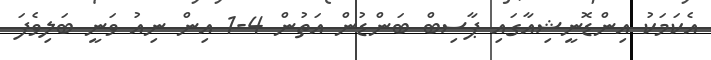
އެކަމަކު އިންޑޮނީޝިއާގައި ޕާސިބް ބަންޑުން އަތުން 4-1 އިން ނިއު ވަނީ ބަލިވެފަ